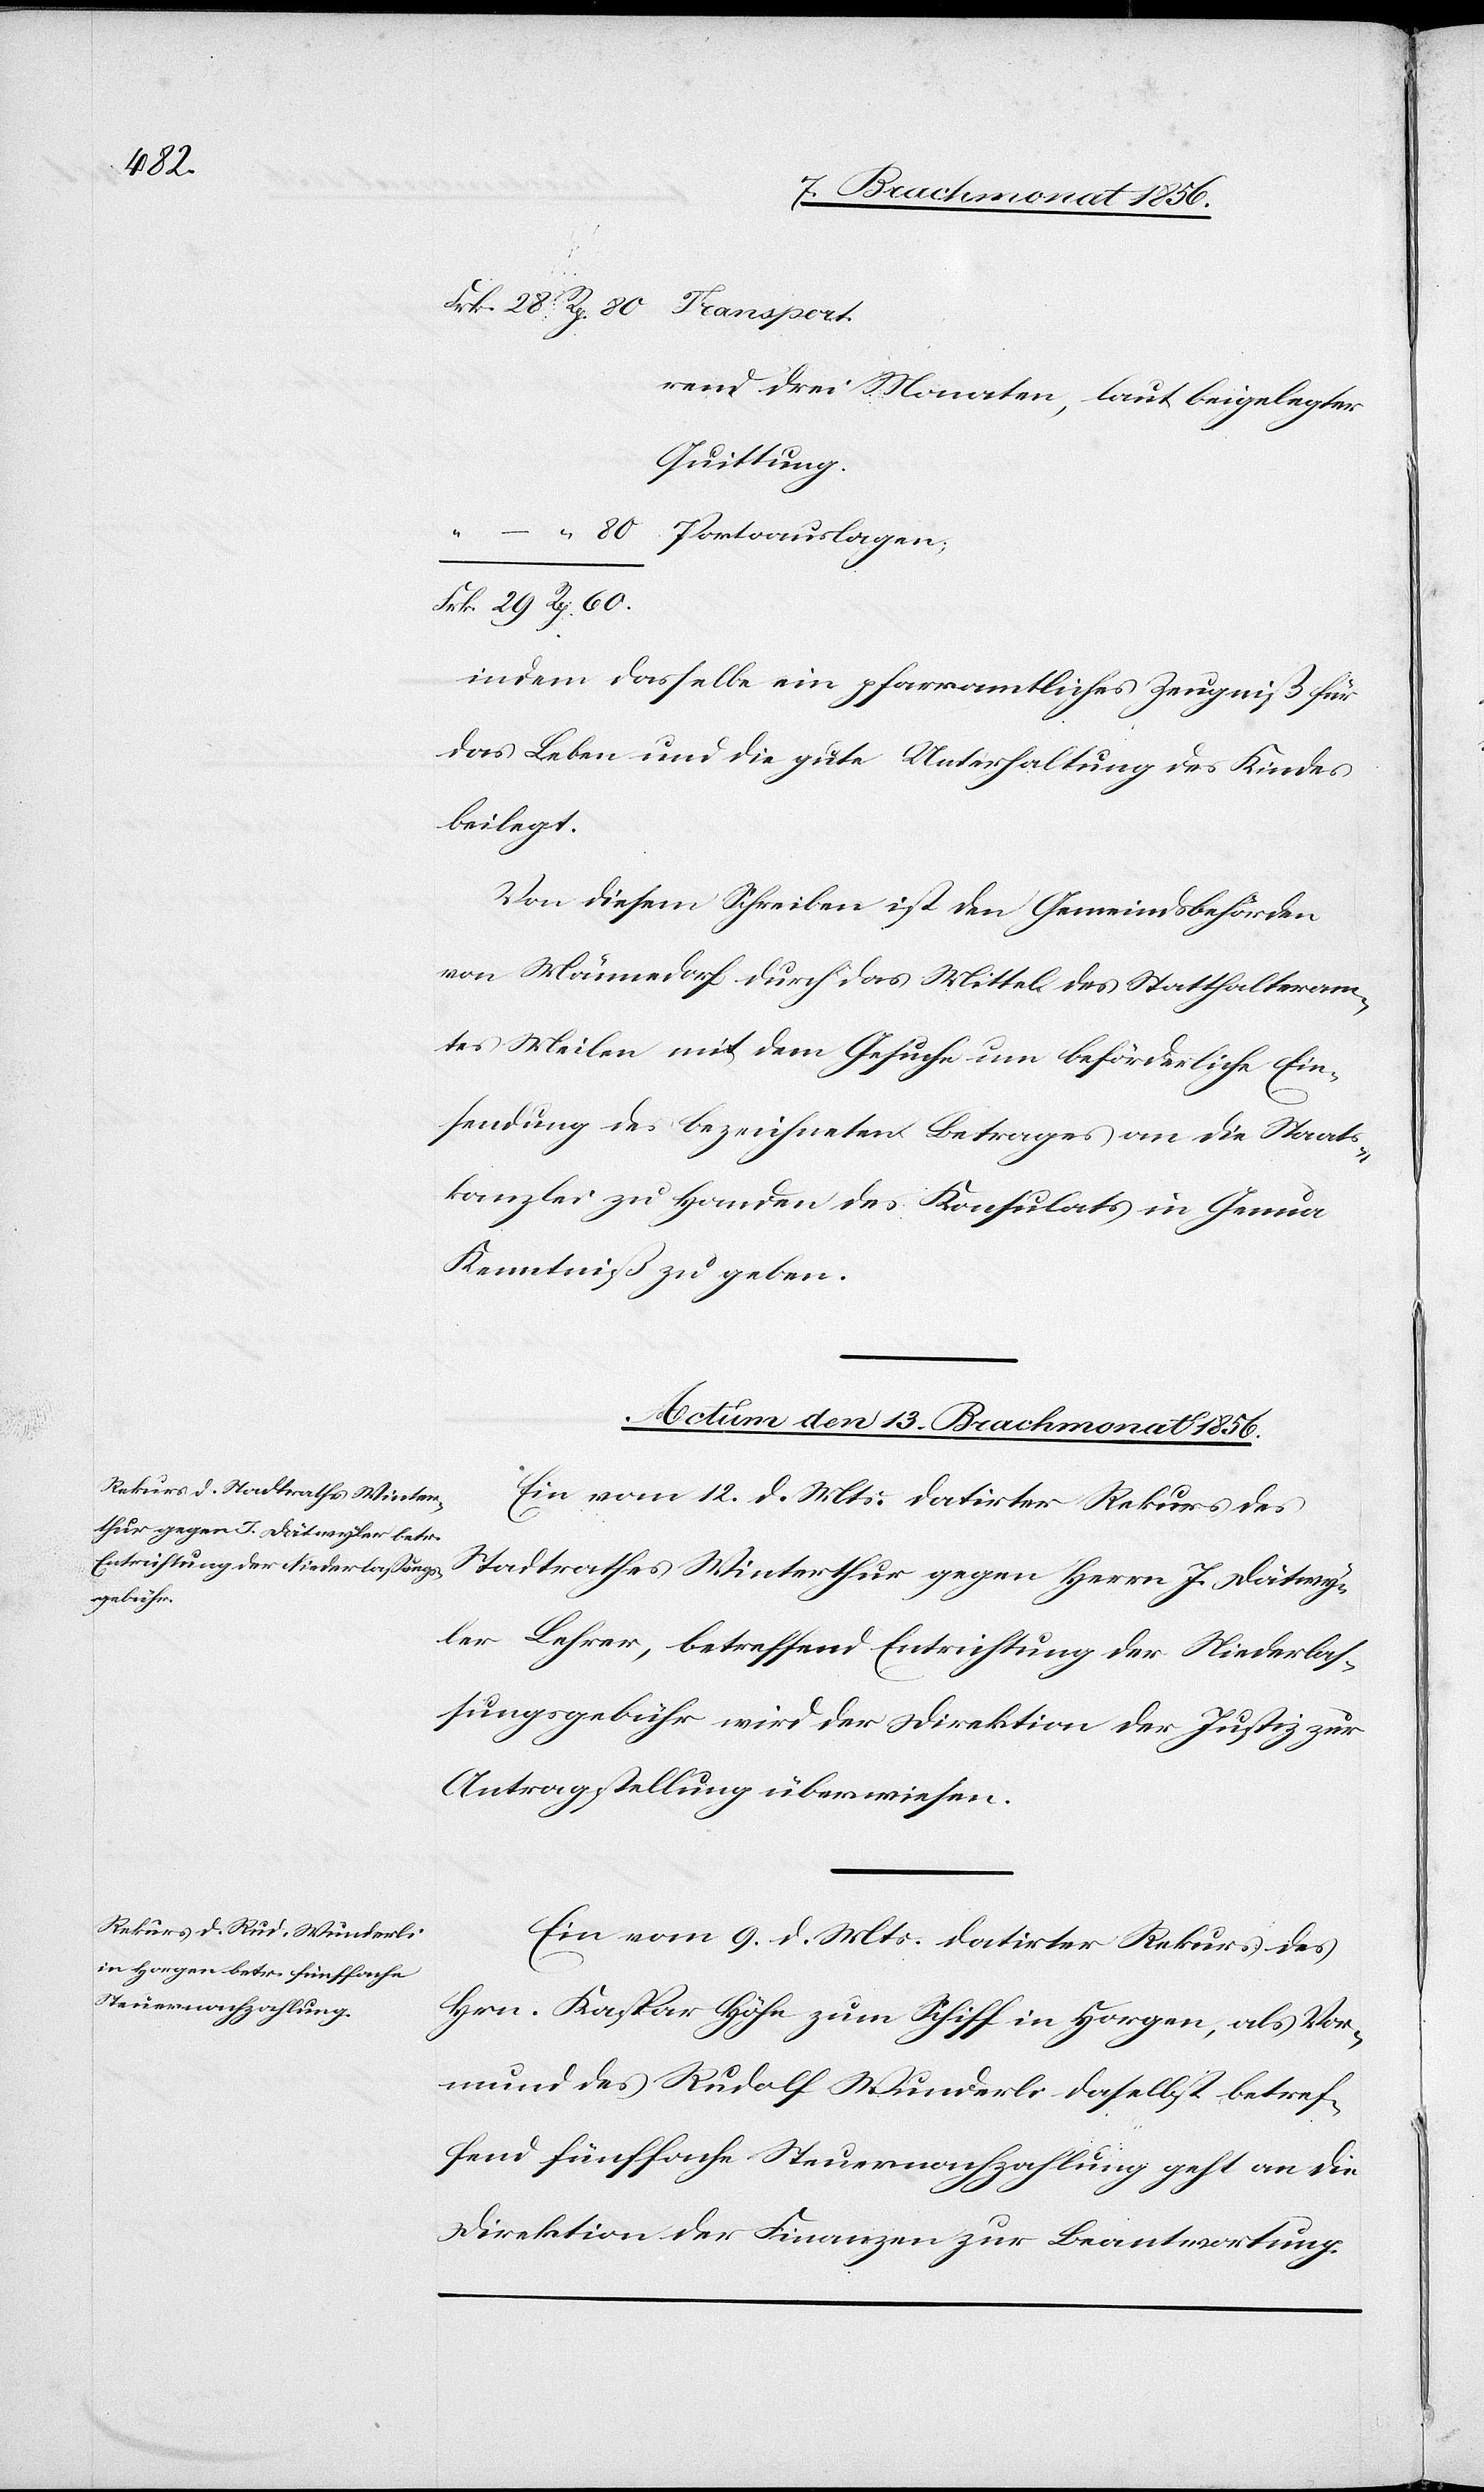
rend drei Monaten, laut beigelegter
Quittung.
indem dasselbe ein pfarramtliches Zeugniß für
das Leben und die gute Unterhaltung des Kindes
beilegt.
Von diesem Schreiben ist den Gemeindsbehörden
von Männedorf durch das Mittel des Statthalteram¬
tes Meilen mit dem Gesuche um beförderliche Ein¬
sendung des bezeichneten Betrages an die Staats¬
kanzlei zu Handen des Konsulats in Genua
Kenntniß zu geben.
Actum den 13. Brachmonat 1856.]
Ein vom 12. d. Mts. datirter Rekurs des
Stadtrathes Winterthur gegen Herrn J. Dätwy¬
ler Lehrer, betreffend Entrichtung der Niederlas¬
sungsgebühr wird der Direktion der Justiz zur
Antragstellung überwiesen.
Ein vom 9. d. Mts. datirter Rekurs des
Hrn. Kaspar Höhe zum Schiff in Horgen, als Vor¬
mund des Rudolf Wunderli daselbst betref¬
fend die fünffache Steuernachzahlung geht an die
60.
Direktion der Finanzen zur Beantwortung.